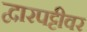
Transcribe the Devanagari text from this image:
द्वारपट्टीवर